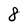
Character: 8